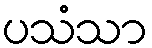
ပသံသာ